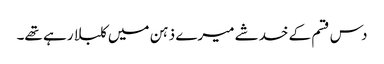
دس قسم کے خدشے میرے ذہن میں کلبلا رہے تھے۔